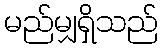
မည်မျှရှိသည်